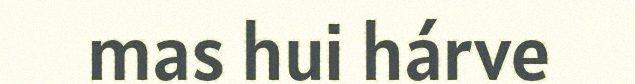
mas hui hárve